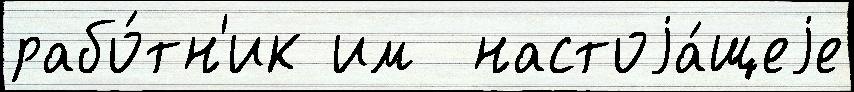
рабо́тн'ик им  настоjа́щеjе